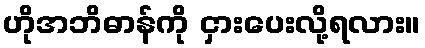
ဟိုအဘိဓာန်ကို ငှားပေးလို့ရလား။